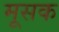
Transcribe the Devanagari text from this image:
मूसक